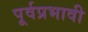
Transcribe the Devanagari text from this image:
पूर्वप्रभावी